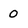
Character: 0